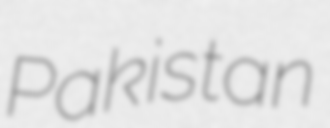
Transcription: Pakistan